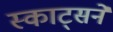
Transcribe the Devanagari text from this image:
स्काट्सने